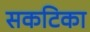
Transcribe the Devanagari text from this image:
सकटिका